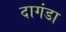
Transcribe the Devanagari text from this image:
दागंडा